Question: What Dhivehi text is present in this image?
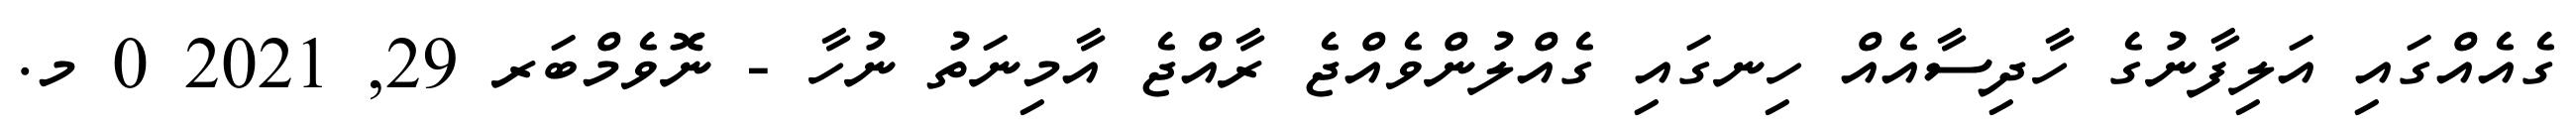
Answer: ގެއެއްގައި އަލިފާނުގެ ހާދިސާއެއް ހިނގައި ގެއްލުންވެއްޖެ ރާއްޖެ އާމިނަތު ނުހާ - ނޮވެމްބަރ 29, 2021 0 މ.